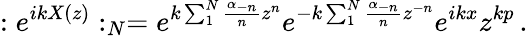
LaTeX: :e^{ikX(z)}:_{N}=e^{k\sum_{1}^{N}\frac{\alpha_{-n}}{n}z^{n}}e^{-k\sum_{1}^{N}\frac{\alpha_{-n}}{n}z^{-n}}e^{ikx}z^{kp}\, .